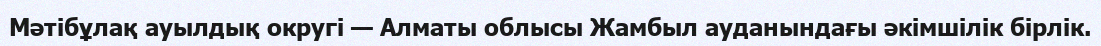
Мәтібұлақ ауылдық округі — Алматы облысы Жамбыл ауданындағы әкімшілік бірлік.